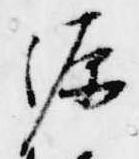
源